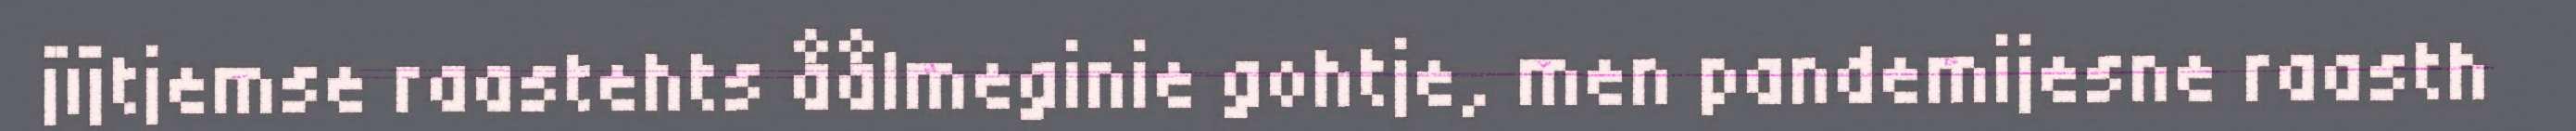
jïjtjemse raastehts åålmeginie gohtje, men pandemijesne raasth